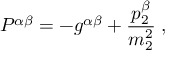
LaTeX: { \cal P } ^ { \alpha \beta } = - g ^ { \alpha \beta } + \frac { p _ { 2 } ^ { \beta } } { m _ { 2 } ^ { 2 } } \; ,